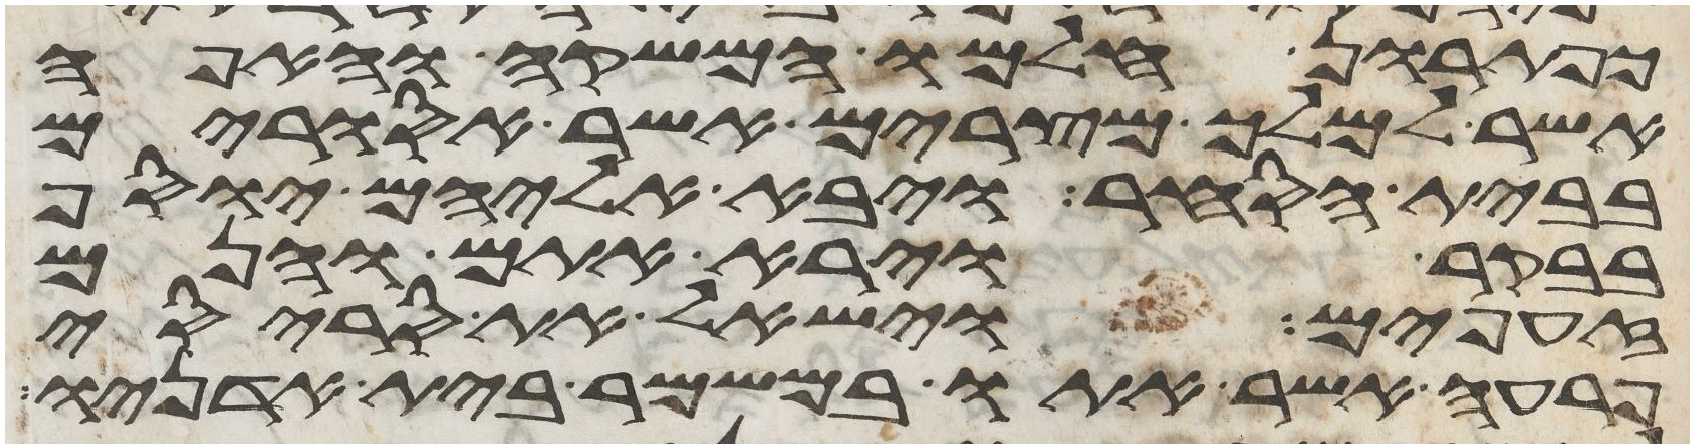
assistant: כפתרון חלמו המשקה והאפה
אשר למלך מצרים אשר אסורים
בבית הסחר ויבא אליהם יוסף
בבקר וירא אתם והנם
זעפים וישאל את סריסי
פרעה אשר אתו במשמר בית אדניו